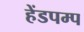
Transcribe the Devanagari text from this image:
हेंडपम्प